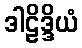
ဒါဠိဒ္ဒိယံ